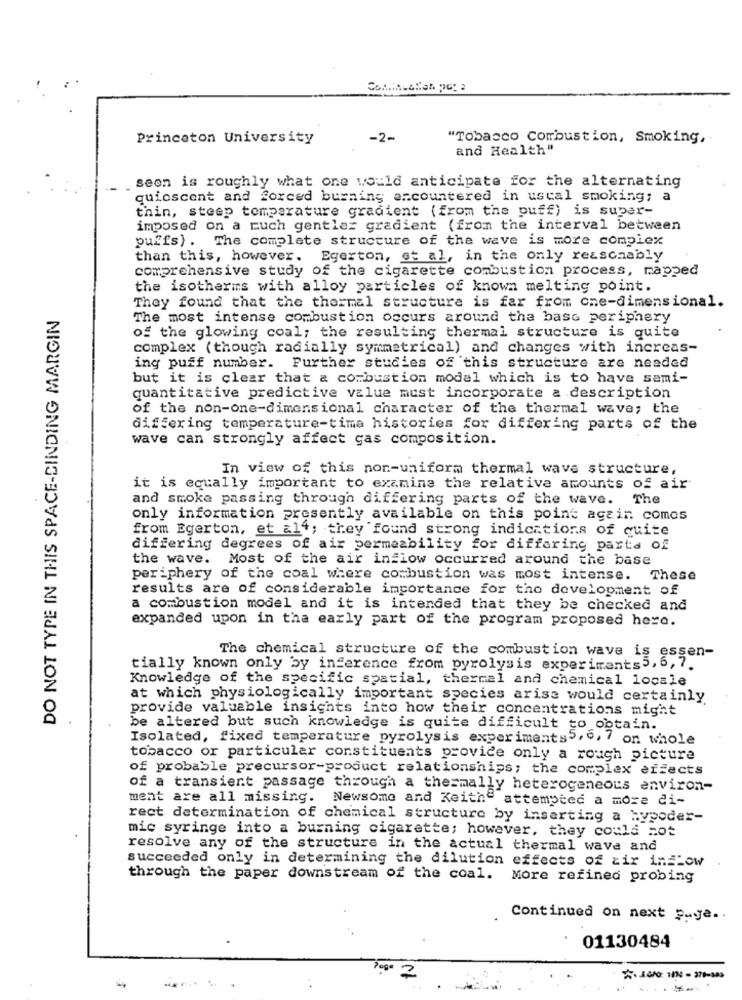
Princeton University
-2-
"Tobacco Combustion, Smoking,
and Health"
seon is roughly what one would anticipate for the alternating
quicscent and forced burning encountered in ustal smoking; a
thin, steep temperature gradient (from the puff) is super-
imposed on a ruch gentler gradient (from the interval between
puffs) . The complete structure of the wave is more complex
than this, however. Egerton, et al, in the only reasonably
comprehensive study of the cigarette combustion process, mapped
the isotherms with alloy particles of known melting point.
DO NOT TYPE IN THIS SPACE-SINDING MARGIN
They found that the thermal structure is far from one-dimensional.
The most intense combustion occurs around the bass periphery
of the glowing coal; the resulting thermal structure is quite
complex ( though radially symmetrical) and changes with increas-
ing puff number. Further studies of this structure are needed
but it is clear that a combustion model which is to have semi-
quantitative predictive value must incorporate a description
of the non-one-dimensional character of the thermal wave; the
differing temperature-time histories for differing parts of the
wave can strongly affect gas composition.
In view of this non-uniform thermal wave structure,
it is equally important to examine the relative amounts of air
and smoke passing through differing parts of the wave.
The
only information presently available on this point again comes
from Egerton, et al4; they found strong indications of quite
differing degrees of air permeability for differing pasta of
the wave. Most of the air inglow occurred around the base
periphery of the coal where combustion was most intense. These
results are of considerable importance for tho development of
a combustion model and it is intended that they be checked and
expanded upon in the early part of the program proposed here.
The chemical structure of the combustion wave is essen-
tially known only by inference from pyrolysis experiments5,6,7.
Knowledge of the specific spatial, thermal and chemical locale
at which physiologically important species arise would certainly
provide valuable insights into how their concentrations might
be altered but such knowledge is quite difficult to obtain.
Isolated, fixed temperature pyrolysis experiments 5, 6, 7 on whole
tobacco or particular constituents provide only a rough picture
of probable precursor-product relationships; the complex effects
of a transient passage through a thesmally heterogeneous environ-
ment are all missing. Newsome and Keith" attempted a more di-
rect determination of chemical structure by inserting a hypoder-
mic syringe into a burning cigarette; however, they could not
resolve any of the structure in the actual thermal wave and
succeeded only in determining the dilution effects of zir in Low
through the paper downstream of the coal. More refined probing
Continued on next page ..
01130484
2